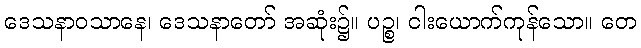
ဒေသနာဝသာနေ၊ ဒေသနာတော် အဆုံး၌။ ပဉ္စ၊ ငါးယောက်ကုန်သော။ တေ